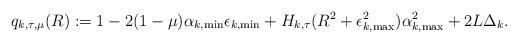
LaTeX: \begin{align*}q_{k,\tau,\mu}(R):=1-2(1-\mu)\alpha_{k,\min}\epsilon_{k,\min}+H_{k,\tau}(R^2+\epsilon_{k,\max}^2)\alpha_{k,\max}^2+2L\Delta_k. \end{align*}